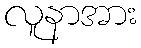
လူနာအား